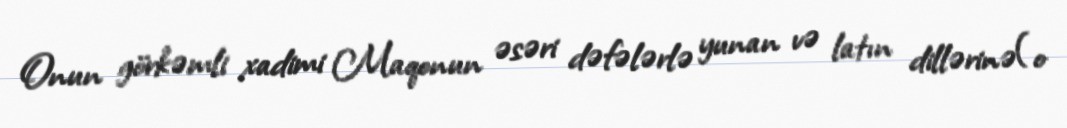
Onun görkəmli xadimi Maqonun əsəri dəfələrlə yunan və latın dillərinə(o